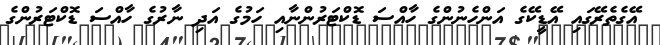
އޭގެތެރޭގައި އޭޑީކޭގެ އަންހެނުންގެ ހާއްސަ ޑޮކްޓަރުންނާއި ހަމުގެ އަދި ނާރުގެ ހާއްސަ ޑޮކްޓަރުންގެ